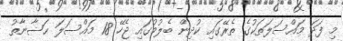
މި ފަދަ މައްސަލަތަކުގެ ތެރޭގައި ކުދިން ބެލުމުގައި ޖެހޭ 18 މައްސަލަ ޙަޟާނާތު